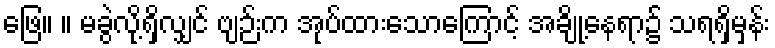
ဖြေ။ ။ မခွဲလို့ရှိလျှင် ဗျဉ်းက အုပ်ထားသောကြောင့် အချို့နေရာ၌ သရရှိမှန်း